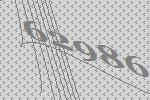
62986